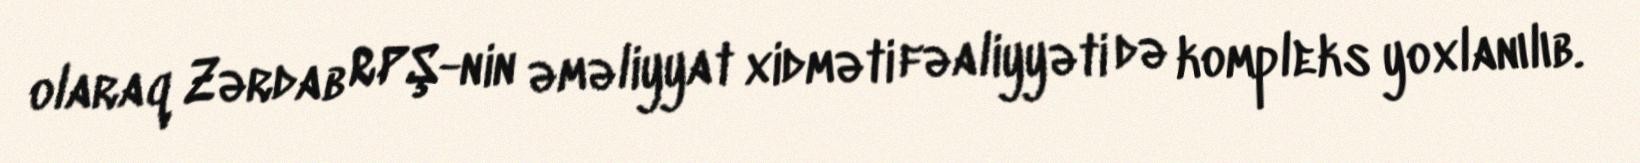
olaraq Zərdab RPŞ-nin əməliyyat xidməti fəaliyyəti də kompleks yoxlanılıb.